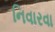
નિવારવા